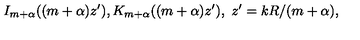
I _ { m + \alpha } ( ( m + \alpha ) z ^ { \prime } ) , K _ { m + \alpha } ( ( m + \alpha ) z ^ { \prime } ) , \ z ^ { \prime } = k R / ( m + \alpha ) ,